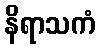
နိရာသကံ